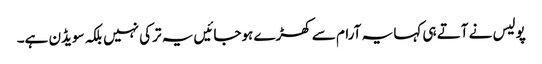
پولیس نے آتے ہی کہا یہ آرام سے کھڑے ہوجائیں یہ ترکی نہیں بلکہ سویڈن ہے۔